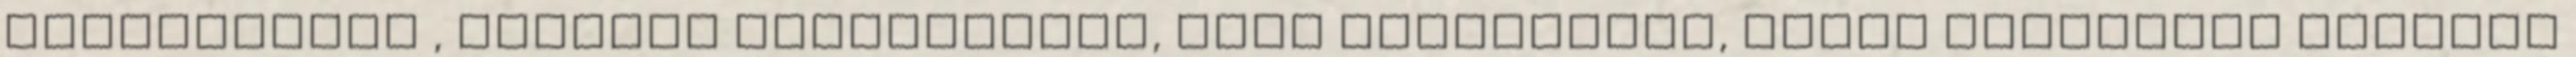
felelősként , illetve harcostársa, Abel Santamaría, civil sejtekért felelős